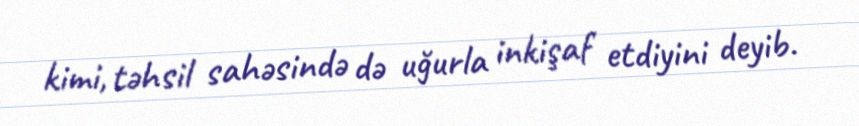
kimi, təhsil sahəsində də uğurla inkişaf etdiyini deyib.